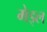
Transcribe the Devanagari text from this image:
मेड्ल